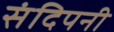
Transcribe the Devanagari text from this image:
संदिपनी